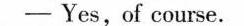
——Yes,of course.